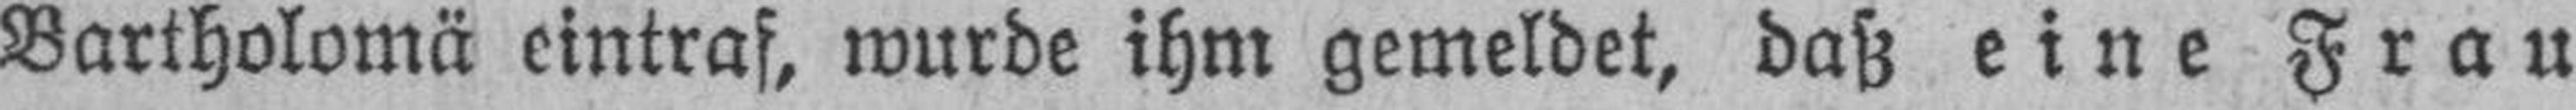
Bartholomä eintraf, wurde ihm gemeldet, daß eine Frau